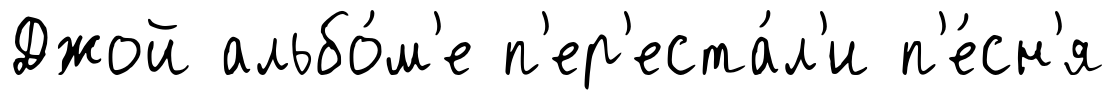
Джой альбо́м'е п'ер'еста́л'и п'е́сн'я